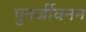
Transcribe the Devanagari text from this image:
पुनर्जीवनन